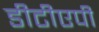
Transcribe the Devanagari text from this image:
डीटीएपी